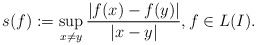
\begin{align*}s(f):=\sup_{x \ne y} \frac{|f(x) - f(y)|}{|x - y|}, f \in L(I). \end{align*}